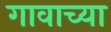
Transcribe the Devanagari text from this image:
गावाच्‍या